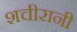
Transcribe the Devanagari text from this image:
शचीरानी